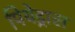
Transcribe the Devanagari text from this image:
पियेड्रास